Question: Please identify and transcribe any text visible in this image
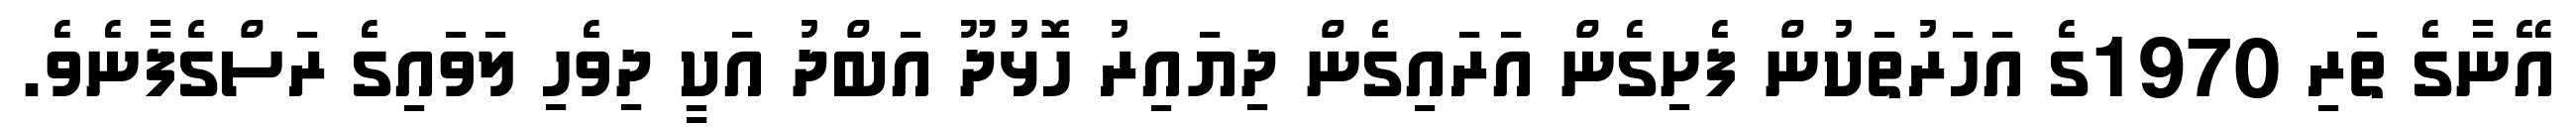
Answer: އޭނާގެ ތަރި 1970ގެ އަހަރުތަކުން ފެށިގެން އަރައިގެން ދިޔައިރު ހޮޅުދޫ އަބްދު އަކީ ދިވެހި ލަވައިގެ ރަސްގެފާނެވެ.